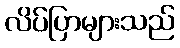
လိပ်ပြာများသည်